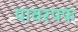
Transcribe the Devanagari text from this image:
पावरपफ